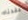
فقدناه